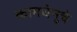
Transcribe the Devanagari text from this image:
कामधेनुचे